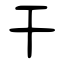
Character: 干